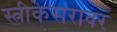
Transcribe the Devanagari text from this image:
स्त्रीकेसरावर